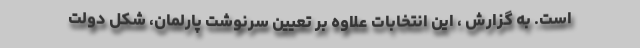
است. به گزارش ، این انتخابات علاوه بر تعیین سرنوشت پارلمان، شکل دولت